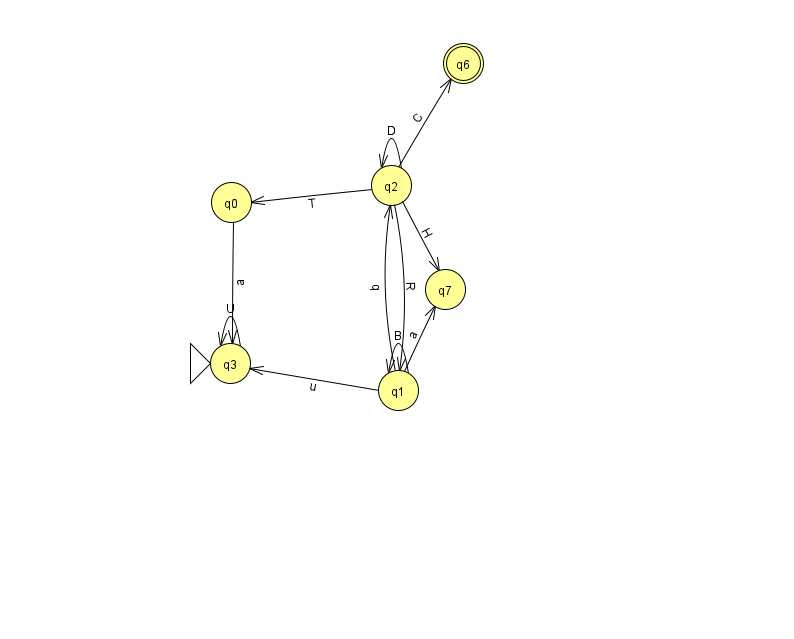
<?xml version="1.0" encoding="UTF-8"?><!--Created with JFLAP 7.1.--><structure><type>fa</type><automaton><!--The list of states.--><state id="0" name="q0"><x>231.0</x><y>189.0</y></state><state id="1" name="q1"><x>398.0</x><y>377.0</y></state><state id="2" name="q2"><x>391.0</x><y>172.0</y></state><state id="3" name="q3"><x>230.0</x><y>350.0</y><initial/></state><state id="6" name="q6"><x>463.0</x><y>50.0</y><final/></state><state id="7" name="q7"><x>445.0</x><y>276.0</y></state><!--The list of transitions.--><transition><from>1</from><to>7</to><read>a</read></transition><transition><from>1</from><to>2</to><read>q</read></transition><transition><from>1</from><to>1</to><read>B</read></transition><transition><from>2</from><to>1</to><read>R</read></transition><transition><from>2</from><to>2</to><read>D</read></transition><transition><from>3</from><to>3</to><read>U</read></transition><transition><from>0</from><to>3</to><read>a</read></transition><transition><from>2</from><to>6</to><read>C</read></transition><transition><from>1</from><to>3</to><read>u</read></transition><transition><from>2</from><to>7</to><read>H</read></transition><transition><from>2</from><to>0</to><read>T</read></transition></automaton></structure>